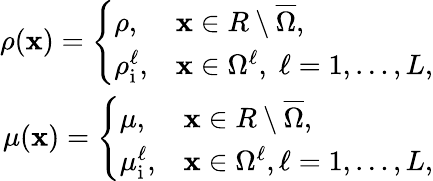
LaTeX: \begin{array}{r}{\rho(\mathbf x)=\left\{ \begin{array}{ll}{\rho,}&{\mathbf x\in R\setminus\overline{{\Omega}},}\\ {\rho_{\mathrm{i}}^{\ell},}&{\mathbf x\in\Omega^{\ell},\; \ell=1,\ldots,L,}\end{array}\right.}\\ {\mu(\mathbf x)=\left\{ \begin{array}{ll}{\mu,}&{\mathbf x\in R\setminus\overline{{\Omega}},}\\ {\mu_{\mathrm{i}}^{\ell},}&{\mathbf x\in\Omega^{\ell},\ell=1,\ldots,L,}\end{array}\right.}\end{array}